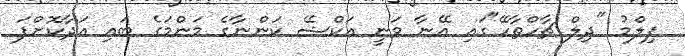
ފިލްމު "ދިލް ޗާހްތާހޭ"ގައި އޭނާ ވަނީ އަކްޝޭ ކަންނާގެ މަންމަގެ ބައި އަދާކޮށްފަ